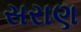
સરાણ